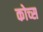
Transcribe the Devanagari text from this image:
कोच्स